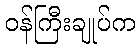
ဝန်ကြီးချုပ်က